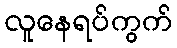
လူနေရပ်ကွက်